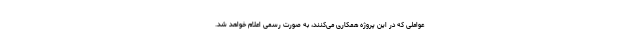
عواملی که در این پروژه همکاری می‌کنند، به صورت رسمی اعلام خواهد شد.